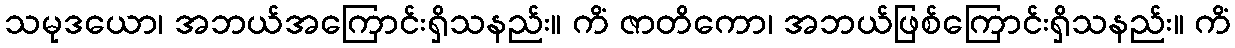
သမုဒယော၊ အဘယ်အကြောင်းရှိသနည်း။ ကိံ ဇာတိကော၊ အဘယ်ဖြစ်ကြောင်းရှိသနည်း။ ကိံ